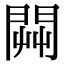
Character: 𨴔